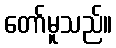
တော်မူသည်။